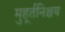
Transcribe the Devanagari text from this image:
मुहूर्तनिश्चय